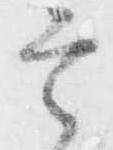
定